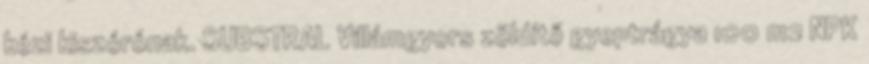
kézi kiszórónak. SUBSTRAL Villámgyors zöldítő gyeptrágya 100 m2 NPK